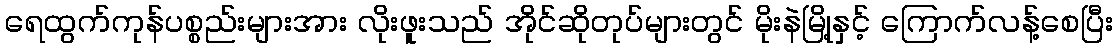
ရေထွက်ကုန်ပစ္စည်းများအား လိုးဖူးသည် အိုင်ဆိုတုပ်များတွင် မိုးနဲမြို့နှင့် ကြောက်လန့်စေပြီး